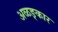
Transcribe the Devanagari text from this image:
अळङ्कार